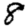
Digit: 8